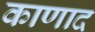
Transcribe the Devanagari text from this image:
काणाद